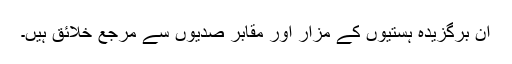
ان برگزیدہ ہستیوں کے مزار اور مقابر صدیوں سے مرجع خلائق ہیں۔